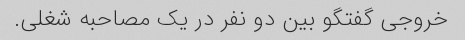
خروجی گفتگو بین دو نفر در یک مصاحبه شغلی.